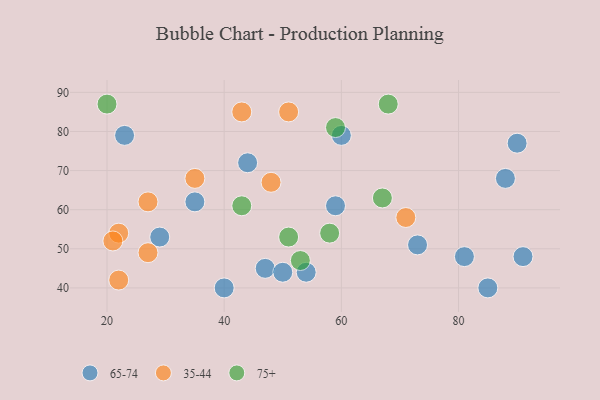
{"axis": {"x": "GDP", "y": "Life Expectancy"}, "legend": ["35-44", "65-74", "75+"], "data": [{"x": "29", "y": 53, "type": "65-74"}, {"x": "91", "y": 48, "type": "65-74"}, {"x": "47", "y": 45, "type": "65-74"}, {"x": "54", "y": 44, "type": "65-74"}, {"x": "44", "y": 72, "type": "65-74"}, {"x": "73", "y": 51, "type": "65-74"}, {"x": "60", "y": 79, "type": "65-74"}, {"x": "81", "y": 48, "type": "65-74"}, {"x": "50", "y": 44, "type": "65-74"}, {"x": "35", "y": 62, "type": "65-74"}, {"x": "23", "y": 79, "type": "65-74"}, {"x": "90", "y": 77, "type": "65-74"}, {"x": "40", "y": 40, "type": "65-74"}, {"x": "88", "y": 68, "type": "65-74"}, {"x": "59", "y": 61, "type": "65-74"}, {"x": "85", "y": 40, "type": "65-74"}, {"x": "51", "y": 85, "type": "35-44"}, {"x": "22", "y": 42, "type": "35-44"}, {"x": "27", "y": 62, "type": "35-44"}, {"x": "43", "y": 85, "type": "35-44"}, {"x": "22", "y": 54, "type": "35-44"}, {"x": "71", "y": 58, "type": "35-44"}, {"x": "35", "y": 68, "type": "35-44"}, {"x": "21", "y": 52, "type": "35-44"}, {"x": "48", "y": 67, "type": "35-44"}, {"x": "27", "y": 49, "type": "35-44"}, {"x": "58", "y": 54, "type": "75+"}, {"x": "68", "y": 87, "type": "75+"}, {"x": "43", "y": 61, "type": "75+"}, {"x": "59", "y": 81, "type": "75+"}, {"x": "53", "y": 47, "type": "75+"}, {"x": "51", "y": 53, "type": "75+"}, {"x": "67", "y": 63, "type": "75+"}, {"x": "20", "y": 87, "type": "75+"}]}